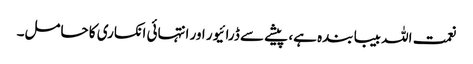
نعمت اللہ بیبا بندہ ہے، پیشے سے ڈرائیور اور انتہائی انکساری کا حامل۔